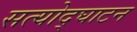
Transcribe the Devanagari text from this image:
सत्योद्घाटन